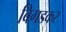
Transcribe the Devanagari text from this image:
बिगडकर